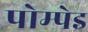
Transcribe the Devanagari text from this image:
पोम्पेइ